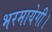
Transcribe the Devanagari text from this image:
भरमायेगी।